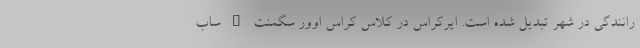
رانندگی در شهر تبدیل شده است. ایرکراس در کلاس کراس اوور سگمنت B ساب